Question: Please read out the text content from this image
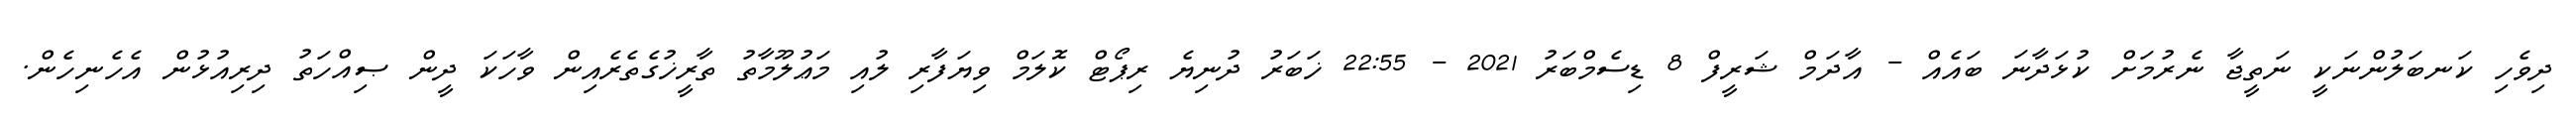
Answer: ދިވެހި ކަނބަލުންނަކީ ނަތީޖާ ނެރުމަށް ކުޅަދާނަ ބައެއް - އާދަމް ޝަރީފް 8 ޑިސެމްބަރު 2021 - 22:55 ޚަބަރު ދުނިޔެ ރިޕޯޓް ކޮލަމް ވިޔަފާރި ލުއި މަޢުލޫމާތު ތާރީޚުގެތެރެއިން ވާހަކަ ދީން ޞިއްހަތު ދިރިއުޅުން އެހެނިހެން.